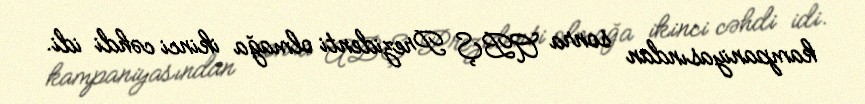
kampaniyasından sonra ABŞ Prezidenti olmağa ikinci cəhdi idi.